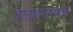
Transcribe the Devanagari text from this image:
पाठवणाऱ्याचा